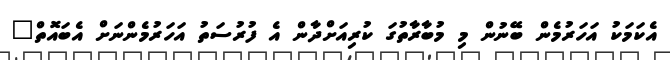
އެކަމަކު އަހަރުމެން ބޭނުން މި މުބާރާތުގަ ކުރިއަށްދާން އެ ފުރުސަތު އަހަރުމެންނަށް އެބައޮތް"